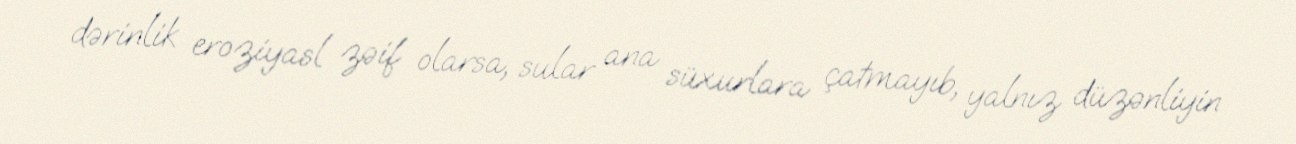
dərinlik eroziyasl zəif olarsa, sular ana süxurlara çatmayıb, yalnız düzənliyin